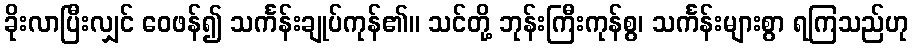
ခိုးလာပြီးလျှင် ဝေဖန်၍ သင်္ကန်းချုပ်ကုန်၏။ သင်တို့ ဘုန်းကြီးကုန်စွ၊ သင်္ကန်းများစွာ ရကြသည်ဟု